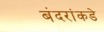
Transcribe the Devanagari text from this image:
बंदरांकडे